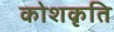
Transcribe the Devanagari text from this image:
कोशकृति